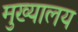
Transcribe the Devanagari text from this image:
मुख्यालय